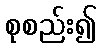
စုစည်း၍